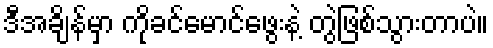
ဒီအချိန်မှာ ကိုခင်မောင်ဖွေးနဲ့ တွဲဖြစ်သွားတာပဲ။